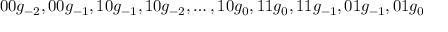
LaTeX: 0 0 g _ { - 2 } , 0 0 g _ { - 1 } , 1 0 g _ { - 1 } , 1 0 g _ { - 2 } , \ldots , 1 0 g _ { 0 } , 1 1 g _ { 0 } , 1 1 g _ { - 1 } , 0 1 g _ { - 1 } , 0 1 g _ { 0 }